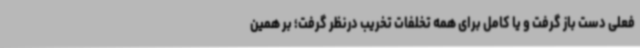
فعلی دست باز گرفت و یا کامل برای همه تخلفات تخریب درنظر گرفت؛ بر همین